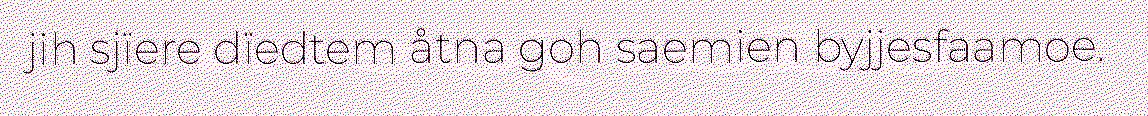
jih sjïere dïedtem åtna goh saemien byjjesfaamoe.